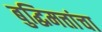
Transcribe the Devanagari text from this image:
बुद्धिमत्तांचा